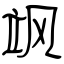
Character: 飒